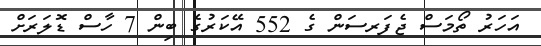
އަހަރު ތޯމަސް ޖެފަރސަން ގެ 552 އޭކަރުގެ ބިން 7 ހާސް ޑޮލަރަށް